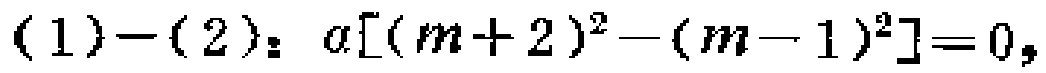
\((1)-(2): a[(m + 2)^{2}-(m - 1)^{2}]=0,\)